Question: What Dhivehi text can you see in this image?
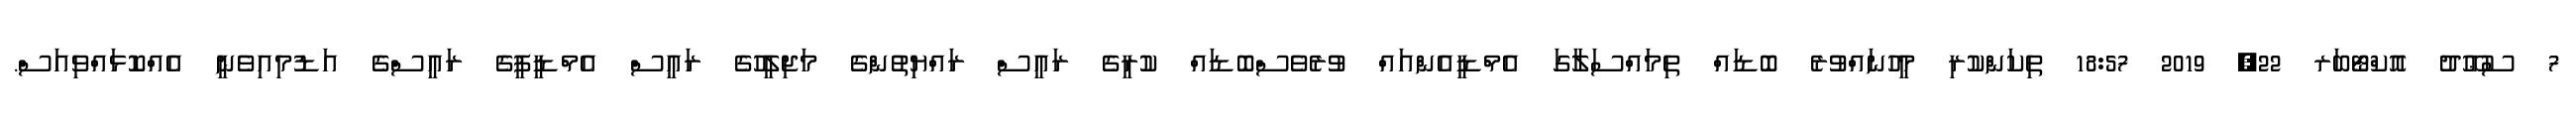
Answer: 7 ސުޢޫދު އޮކްޓޯބަރ 22, 2019 18:57 ތިކަންކުރި މީހުނައްވުރެ ބޮޑައް ތިމައްސަލާގަ އެމްޑީއެންއައް ވުރެވެސްބޮޑައް ކުރީގެ ރައީސް ރައްޔިތުންގެ މަޖިލީހުގެ ރައީސް އެމްޑީޕީގެ ރައީސްގެ އަޑުމިއިވެނީ އެއްކޮޅައްވިއަސް.